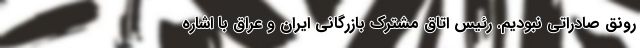
رونق صادراتی نبودیم. رئیس اتاق مشترک بازرگانی ایران و عراق با اشاره